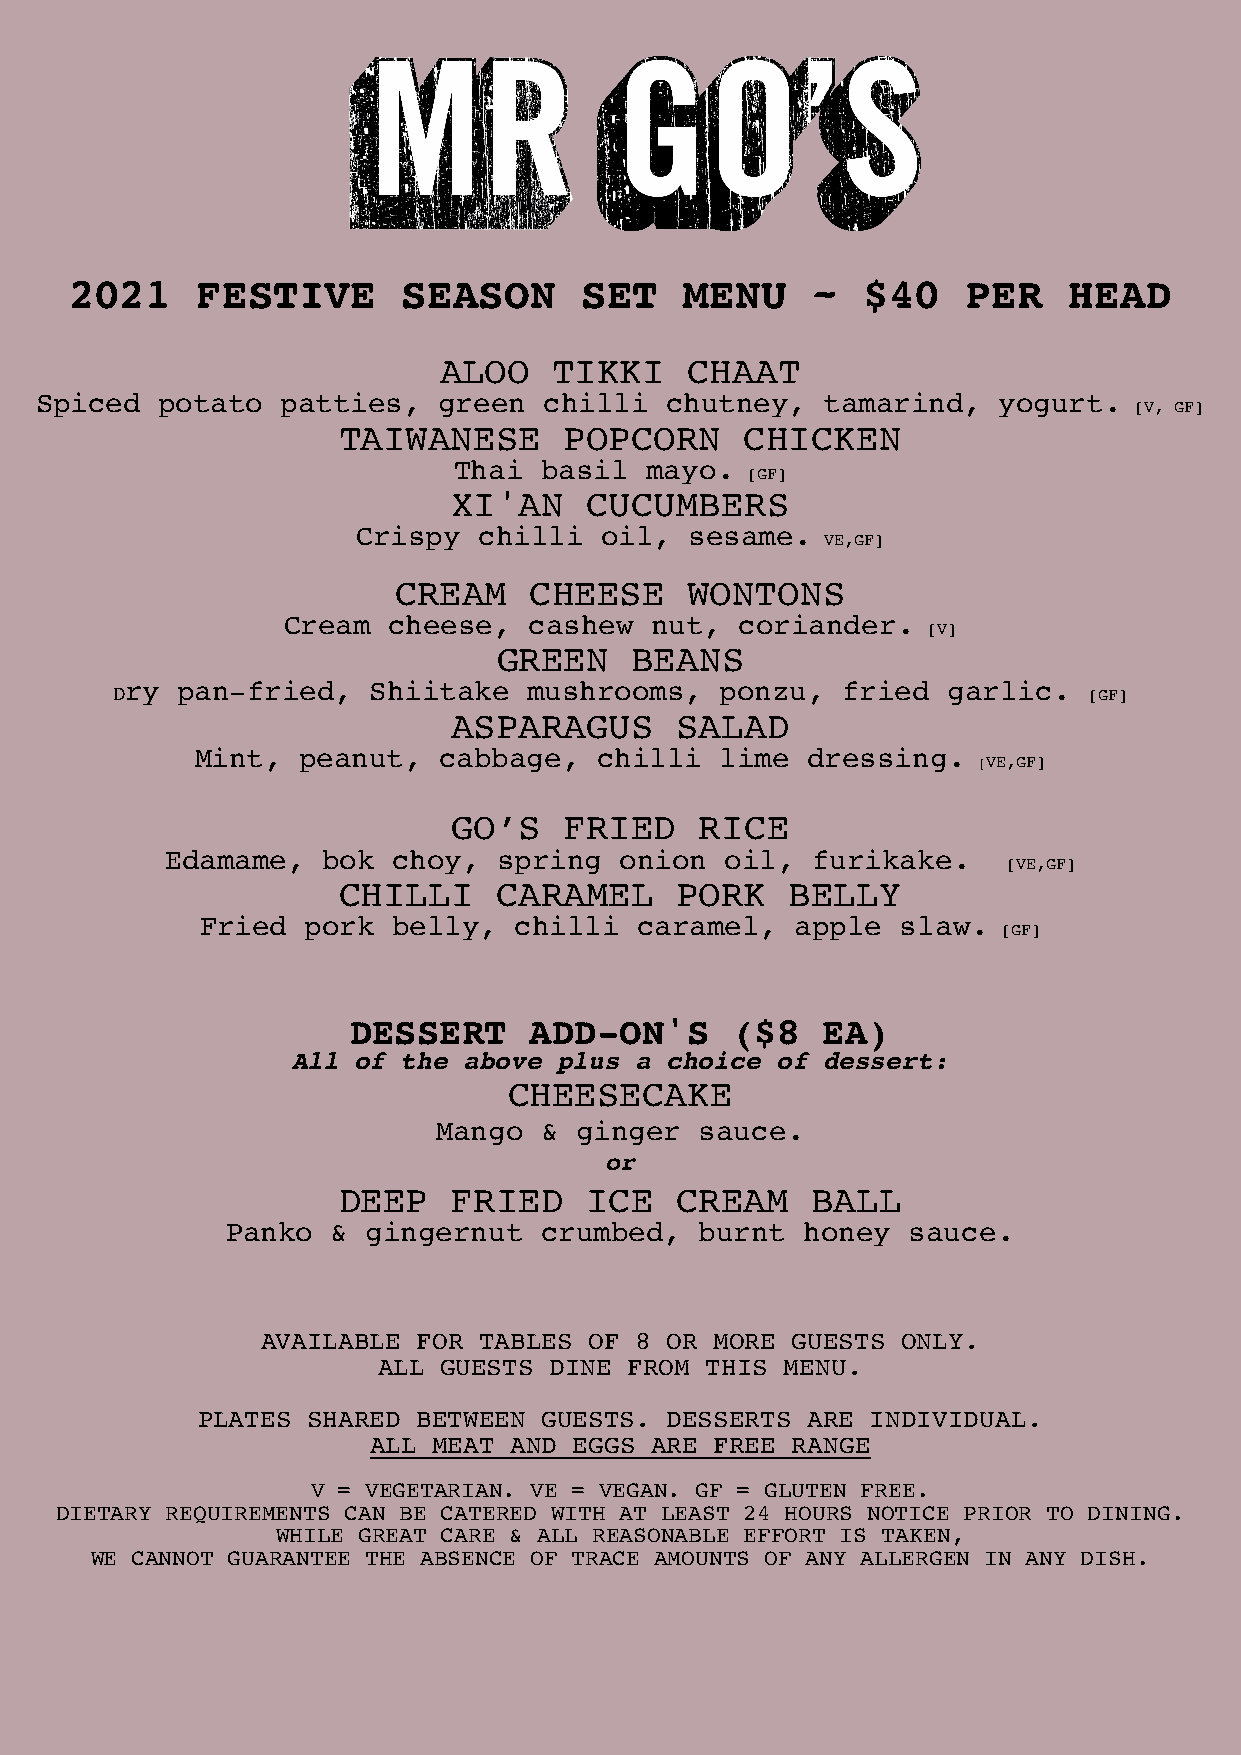
2021    FESTIVE       SEASON      SET   MENU     ~  $40    PER    HEAD
 ALOO    TIKKI    CHAAT
 Spiced   potato  patties,  green  chilli  chutney,   tamarind,  yogurt.
 [V, GF]
 TAIWANESE      POPCORN     CHICKEN
 Thai  basil  mayo.
 [GF]
 XI'AN    CUCUMBERS
 Crispy  chilli  oil,  sesame.
 VE,GF]
 CREAM    CHEESE     WONTONS
 Cream  cheese,  cashew  nut,  coriander.
 [V]
 GREEN    BEANS
 ry  pan-fried,  Shiitake   mushrooms,   ponzu,  fried  garlic.
 D                                                                [GF]
 ASPARAGUS      SALAD
 Mint,  peanut,  cabbage,   chilli  lime dressing.
 [VE,GF]
 GO’S   FRIED    RICE
 Edamame,  bok  choy,  spring  onion  oil,  furikake.
 [VE,GF]
 CHILLI     CARAMEL     PORK   BELLY
 Fried  pork  belly,  chilli  caramel,   apple  slaw.
 [GF]
 DESSERT     ADD-ON'S      ($8  EA)
 All of  the above plus a choice of  dessert:
 CHEESECAKE
 Mango  & ginger  sauce.
 or
 DEEP    FRIED    ICE   CREAM    BALL
 Panko  & gingernut   crumbed,  burnt  honey  sauce.
 AVAILABLE  FOR TABLES OF 8 OR MORE GUESTS  ONLY.
 ALL GUESTS DINE  FROM THIS MENU.
 PLATES SHARED  BETWEEN GUESTS. DESSERTS ARE  INDIVIDUAL.
 ALL  MEAT AND EGGS ARE FREE RANGE
 V = VEGETARIAN. VE = VEGAN. GF = GLUTEN FREE.
 DIETARY REQUIREMENTS CAN BE CATERED WITH AT LEAST 24 HOURS NOTICE PRIOR TO DINING.
 WHILE GREAT CARE & ALL REASONABLE EFFORT IS TAKEN,
 WE CANNOT GUARANTEE THE ABSENCE OF TRACE AMOUNTS OF ANY ALLERGEN IN ANY DISH.